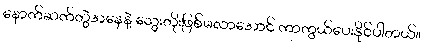
နောက်ဆက်တွဲအနေနဲ့ သွေးတိုးဖြစ်မလာအောင် ကာကွယ်ပေးနိုင်ပါတယ်။